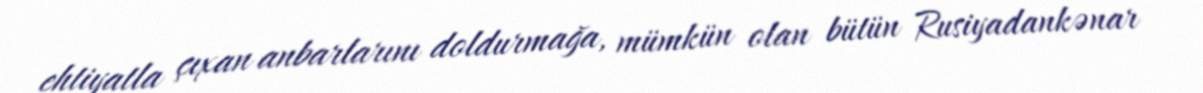
ehtiyatla çıxan anbarlarını doldurmağa, mümkün olan bütün Rusiyadankənar